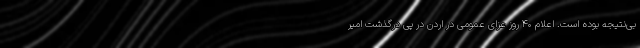
بی‌نتیجه بوده است. اعلام ۴۰ روز عزای عمومی در اردن در پی درگذشت امیر